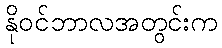
နိုဝင်ဘာလအတွင်းက